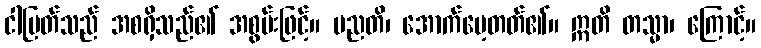
ငါမြတ်သည် အစရှိသည်၏ အစွမ်းဖြင့်။ မညတိ၊ အောက်မေ့တတ်၏။ ဣတိ တသ္မာ၊ ကြောင့်။